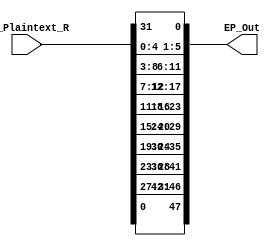
`timescale 1ns / 1ps
module Expansion_Permutation(
    input [1:32] IP_Plaintext_R,
    output [1:48] EP_Out
    );
    
assign EP_Out[1] = IP_Plaintext_R[32];
assign EP_Out[2] = IP_Plaintext_R[1];
assign EP_Out[3] = IP_Plaintext_R[2];
assign EP_Out[4] = IP_Plaintext_R[3];
assign EP_Out[5] = IP_Plaintext_R[4];
assign EP_Out[6] = IP_Plaintext_R[5];
assign EP_Out[7] = IP_Plaintext_R[4];
assign EP_Out[8] = IP_Plaintext_R[5];
assign EP_Out[9] = IP_Plaintext_R[6];
assign EP_Out[10] = IP_Plaintext_R[7];
assign EP_Out[11] = IP_Plaintext_R[8];
assign EP_Out[12] = IP_Plaintext_R[9];
assign EP_Out[13] = IP_Plaintext_R[8];
assign EP_Out[14] = IP_Plaintext_R[9];
assign EP_Out[15] = IP_Plaintext_R[10];
assign EP_Out[16] = IP_Plaintext_R[11];
assign EP_Out[17] = IP_Plaintext_R[12];
assign EP_Out[18] = IP_Plaintext_R[13];
assign EP_Out[19] = IP_Plaintext_R[12];
assign EP_Out[20] = IP_Plaintext_R[13];
assign EP_Out[21] = IP_Plaintext_R[14];
assign EP_Out[22] = IP_Plaintext_R[15];
assign EP_Out[23] = IP_Plaintext_R[16];
assign EP_Out[24] = IP_Plaintext_R[17];
assign EP_Out[25] = IP_Plaintext_R[16];
assign EP_Out[26] = IP_Plaintext_R[17];
assign EP_Out[27] = IP_Plaintext_R[18];
assign EP_Out[28] = IP_Plaintext_R[19];
assign EP_Out[29] = IP_Plaintext_R[20];
assign EP_Out[30] = IP_Plaintext_R[21];
assign EP_Out[31] = IP_Plaintext_R[20];
assign EP_Out[32] = IP_Plaintext_R[21];
assign EP_Out[33] = IP_Plaintext_R[22];
assign EP_Out[34] = IP_Plaintext_R[23];
assign EP_Out[35] = IP_Plaintext_R[24];
assign EP_Out[36] = IP_Plaintext_R[25];
assign EP_Out[37] = IP_Plaintext_R[24];
assign EP_Out[38] = IP_Plaintext_R[25];
assign EP_Out[39] = IP_Plaintext_R[26];
assign EP_Out[40] = IP_Plaintext_R[27];
assign EP_Out[41] = IP_Plaintext_R[28];
assign EP_Out[42] = IP_Plaintext_R[29];
assign EP_Out[43] = IP_Plaintext_R[28];
assign EP_Out[44] = IP_Plaintext_R[29];
assign EP_Out[45] = IP_Plaintext_R[30];
assign EP_Out[46] = IP_Plaintext_R[31];
assign EP_Out[47] = IP_Plaintext_R[32];
assign EP_Out[48] = IP_Plaintext_R[1];
endmodule